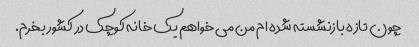
چون تازه بازنشسته شده ام من می خواهم یک خانه کوچک در کشور بخرم.